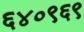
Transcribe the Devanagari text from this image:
६४०९६९